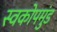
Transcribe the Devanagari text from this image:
स्वकोपमुंड